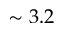
\sim 3 . 2